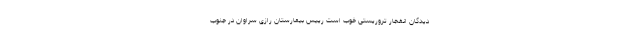
دیدگان انفجار تروریستی خوب است رییس بیمارستان رازی سراوان در جنوب